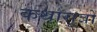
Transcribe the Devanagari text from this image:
कथासूत्रों